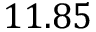
1 1 . 8 5